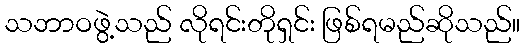
သဘာဝဖွဲ့သည် လိုရင်းတိုရှင်း ဖြစ်ရမည်ဆိုသည်။